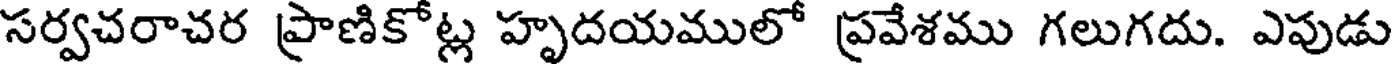
సర్వచరాచర ప్రాణికోట్ల హృదయములో ప్రవేశము గలుగదు. ఎపుడు